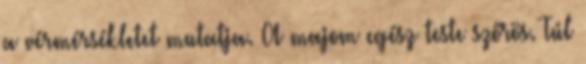
a vérmérsékletet mutatja. A majom egész teste szőrös. Túl